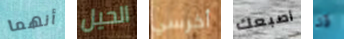
أنهما الحيل أخرسي أصبعك قد